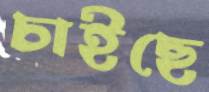
চাইছে